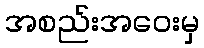
အစည်းအဝေးမှ